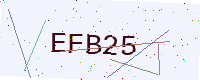
Text: EFB25